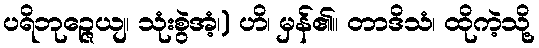
ပရိဘုဉ္ဇေယျ၊ သုံးစွဲအံ့၊) ဟိ၊ မှန်၏။ တာဒိသံ၊ ထိုကဲ့သို့